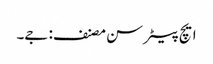
ایچ پیٹر سن مصنف: جے۔